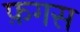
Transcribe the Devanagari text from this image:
फ़गस